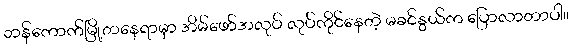
ဘန်ကောက်မြို့တနေရာမှာ အိမ်ဖော်အလုပ် လုပ်ကိုင်နေတဲ့ မခင်နွယ်က ပြောလာတာပါ။